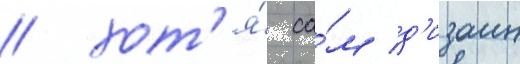
/ хот'я́ са́м д'изаин